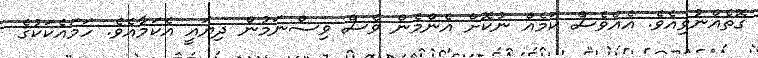
ގޮތެއްނުވިއެވެ. އެއްވެސް ކަމެއް ނުކޮށް އެންމެން ވެސް ވިސްނަމުން ދިޔައީ އެކަމާއެވެ. ހަމައެކަކުގެ